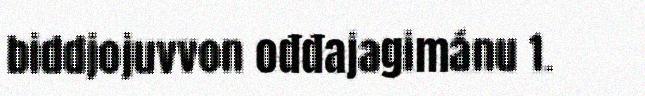
biddjojuvvon ođđajagimánu 1.